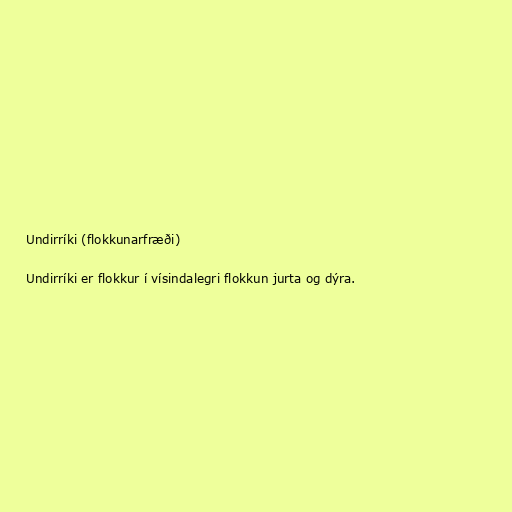
Undirríki (flokkunarfræði)

Undirríki er flokkur í vísindalegri flokkun jurta og dýra.